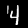
Digit: 4